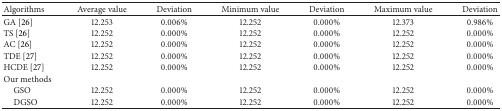
<table><thead><tr><td><b>Algorithms</b></td><td><b>Average value</b></td><td><b>Deviation</b></td><td><b>Minimum value</b></td><td><b>Deviation</b></td><td><b>Maximum value</b></td><td><b>Deviation</b></td></tr></thead><tbody><tr><td>GA [26]</td><td>12.253</td><td>0.006%</td><td>12.252</td><td>0.000%</td><td>12.373</td><td>0.986%</td></tr><tr><td>TS [26]</td><td>12.252</td><td>0.000%</td><td>12.252</td><td>0.000%</td><td>12.252</td><td>0.000%</td></tr><tr><td>AC [26]</td><td>12.252</td><td>0.000%</td><td>12.252</td><td>0.000%</td><td>12.252</td><td>0.000%</td></tr><tr><td>TDE [27]</td><td>12.252</td><td>0.000%</td><td>12.252</td><td>0.000%</td><td>12.252</td><td>0.000%</td></tr><tr><td>HCDE [27]</td><td>12.252</td><td>0.000%</td><td>12.252</td><td>0.000%</td><td>12.252</td><td>0.000%</td></tr><tr><td>Our methods</td><td> </td><td> </td><td> </td><td> </td><td> </td><td> </td></tr><tr><td> GSO </td><td>12.252</td><td>0.000%</td><td>12.252</td><td>0.000%</td><td>12.252</td><td>0.000%</td></tr><tr><td> DGSO</td><td>12.252</td><td>0.000%</td><td>12.252</td><td>0.000%</td><td>12.252</td><td>0.000%</td></tr></tbody></table>